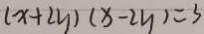
( x + 2 y ) ( x - 2 y ) = 3